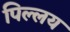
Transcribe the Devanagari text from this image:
पिल्लय